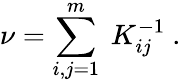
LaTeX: \nu=\sum_{i,j=1}^{m}\ K_{ij}^{-1}\ .